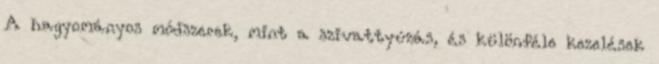
A hagyományos módszerek, mint a szivattyúzás, és különféle kezelések